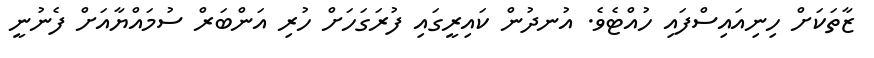
ޒާތަކަށް ހިނިއައިސްފައި ހުއްޓެވެ. އުނދުން ކައިރީގައި ފުރަގަހަށް ހުރި އަންބަރް ސުމައްޔާއަށް ފެނުނީ